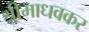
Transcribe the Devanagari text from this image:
श्रीमाधवकर